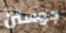
جوستن